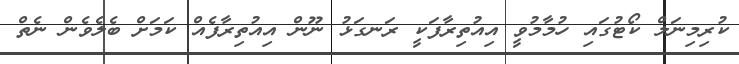
ކުރިމިނަަލް ކޯޓުގައި ހުމާމުވީ އިއުތިރާފަކީ ރަނގަޅު ނޫން އިއުތިރާފެއް ކަމަށް ބެލެވެން ނެތް